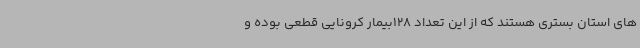
های استان بستری هستند که از این تعداد 128بیمار کرونایی قطعی بوده و